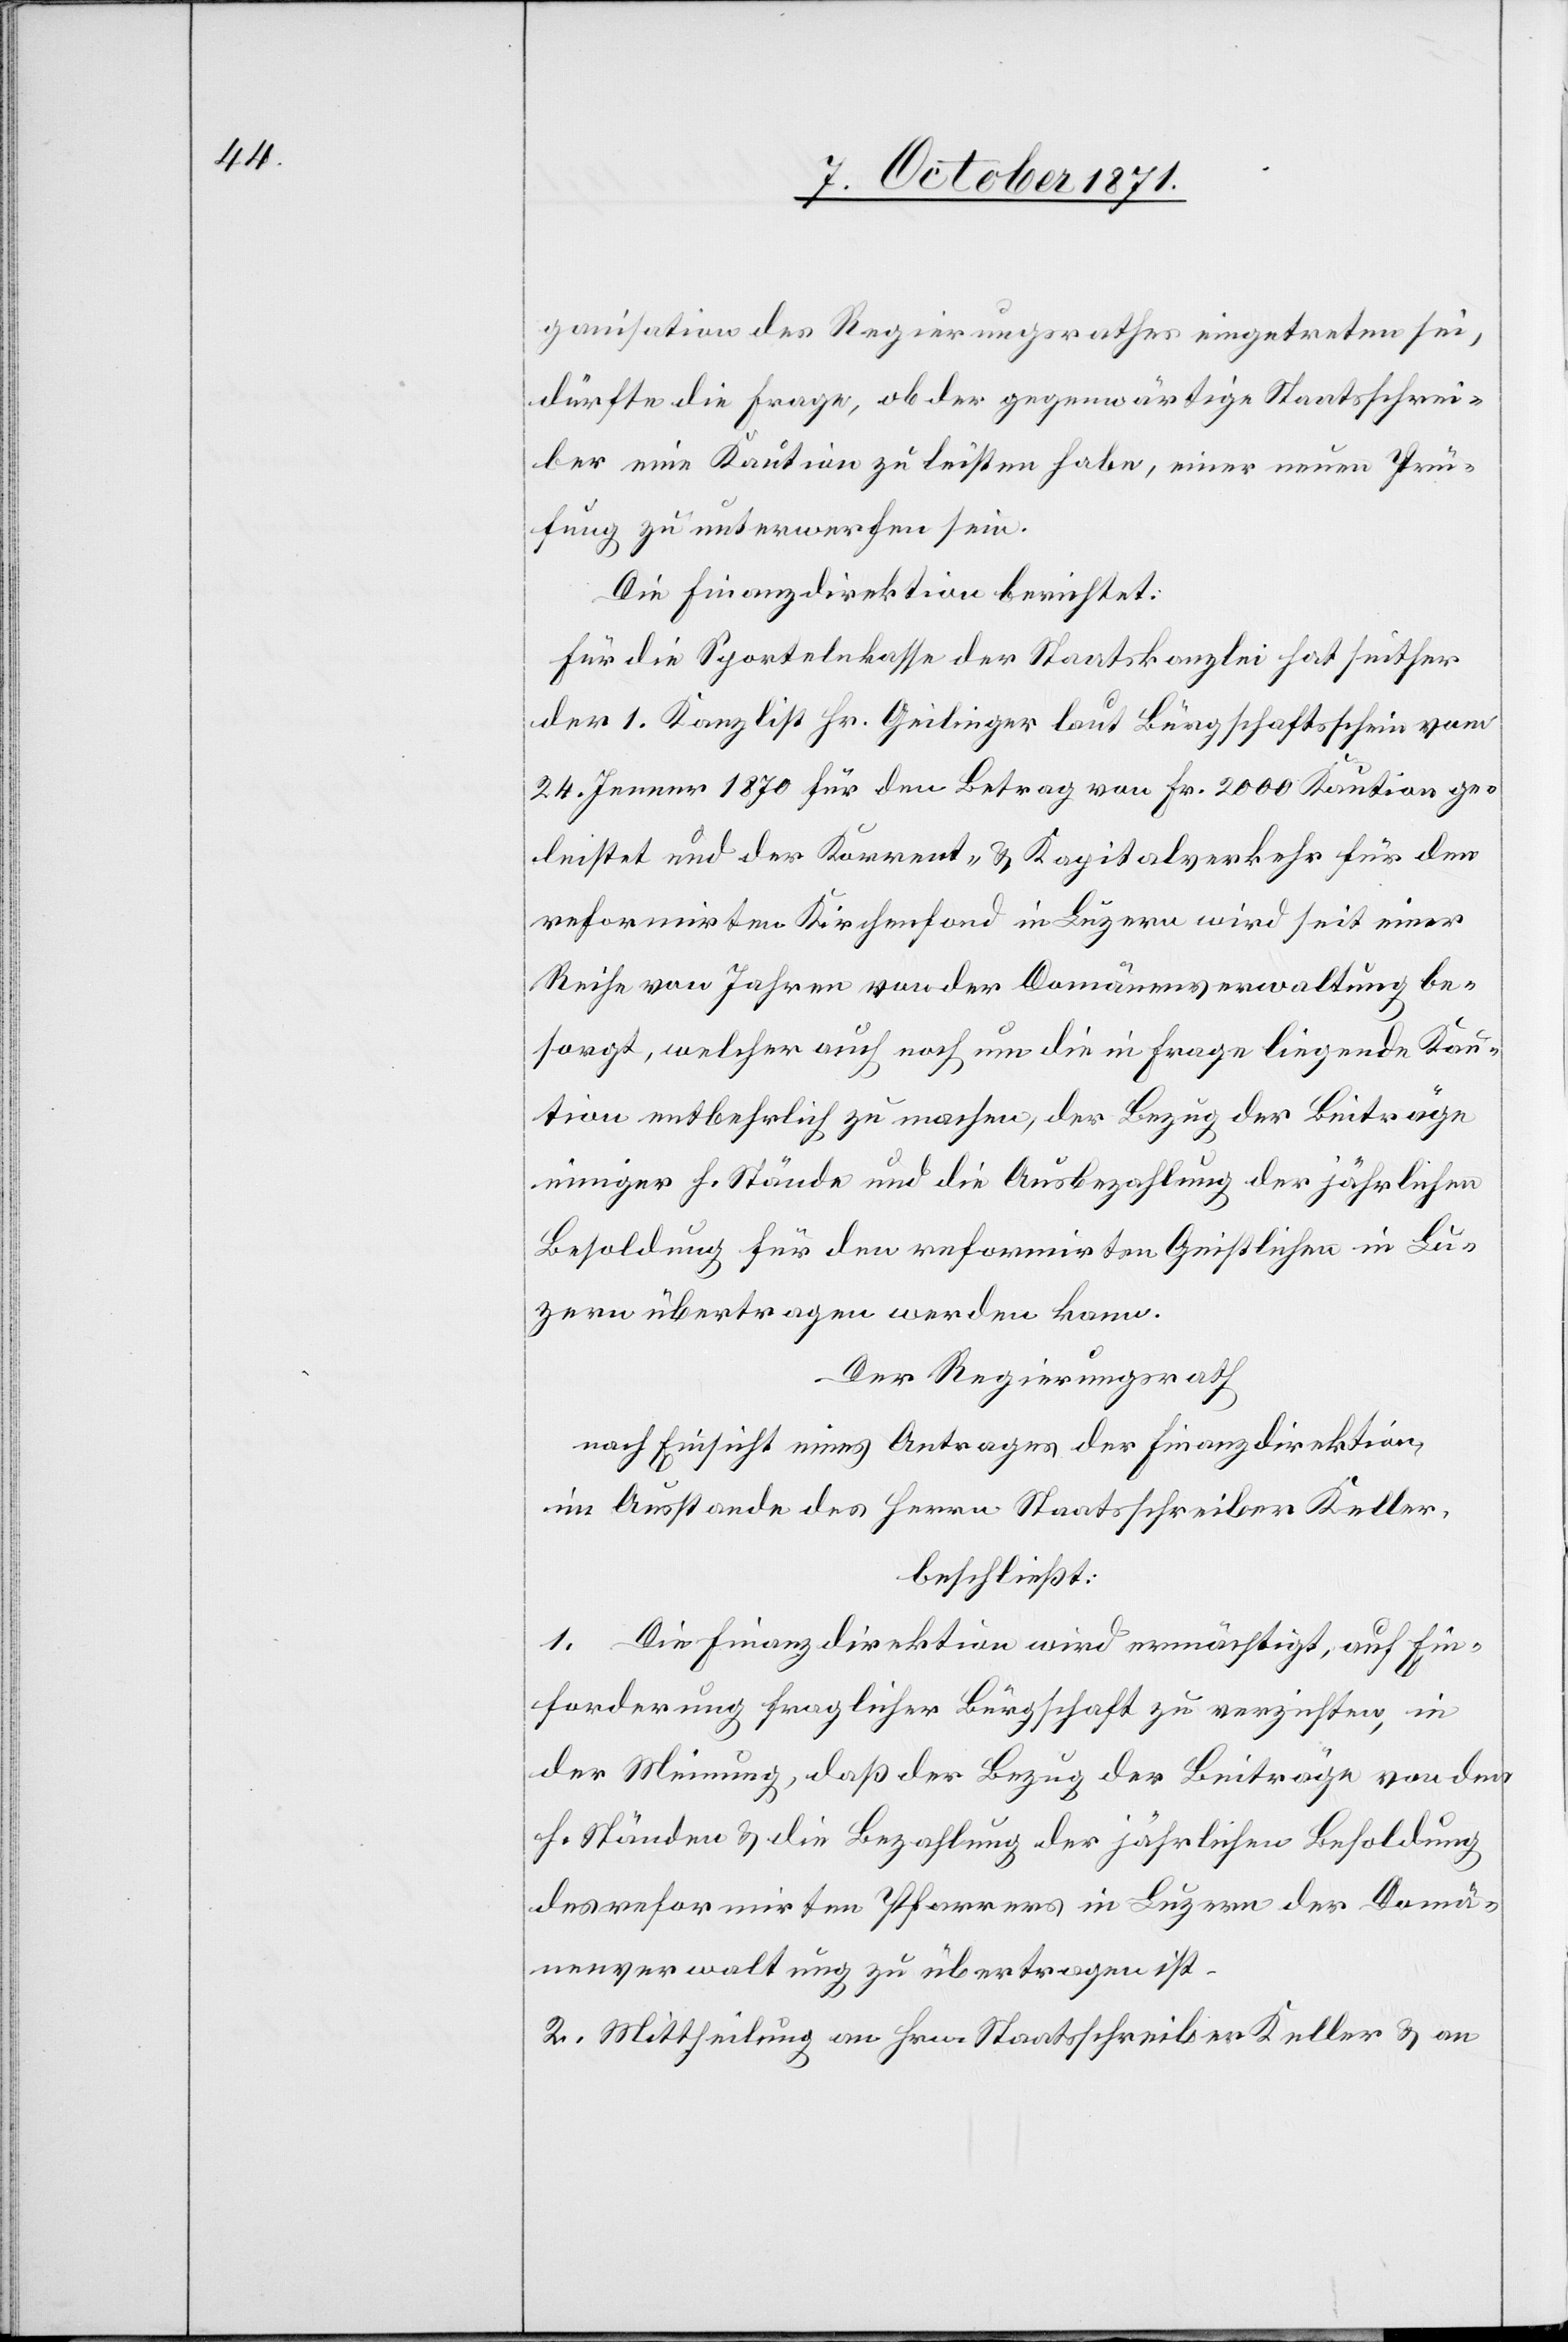
ganisation des Regierungsrathes eingetreten sei,
dürfte die Frage, ob der gegenwärtige Staatsschrei¬
ber eine Kaution zu leisten habe, einer neuen Prü¬
fung zu unterwerfen sein.
Die Finanzdirektion berichtet:
Für die Sportelnkasse der Staatskanzlei hat seither
der 1. Kanzlist Hr. Geilinger laut Bürgschaftsschein vom
24. Jenner 1870 für den Betrag von Fr. 2000 Kaution ge¬
leistet und der Korrent- & Kapitalverkehr für den
reformirten Kirchenfond in Luzern wird seit einer
Reihe von Jahren von der Domänenverwaltung be¬
sorgt, welcher auch noch um die in Frage liegende Kau¬
tion entbehrlich zu machen, der Bezug der Beiträge
einiger h. Stände und die Ausbezahlung der jährlichen
Besoldung für den reformirten Geistlichen in Lu¬
zern übertragen werden kann.
Der Regierungsrath
nach Einsicht eines Antrages der Finanzdirektion,
im Ausstande des Herrn Staatsschreiber Keller,
beschließt:
1. Die Finanzdirektion wird ermächtigt, auf Ein¬
forderung fraglicher Bürgschaft zu verzichten, in
der Meinung, daß der Bezug der Beiträge von den
h. Ständen & die Bezahlung der jährlichen Besoldung
des reformirten Pfarrers in Luzern der Domä¬
nenverwaltung zu übertragen ist.
2. Mittheilung an Hrn. Staatsschreiber Keller & an